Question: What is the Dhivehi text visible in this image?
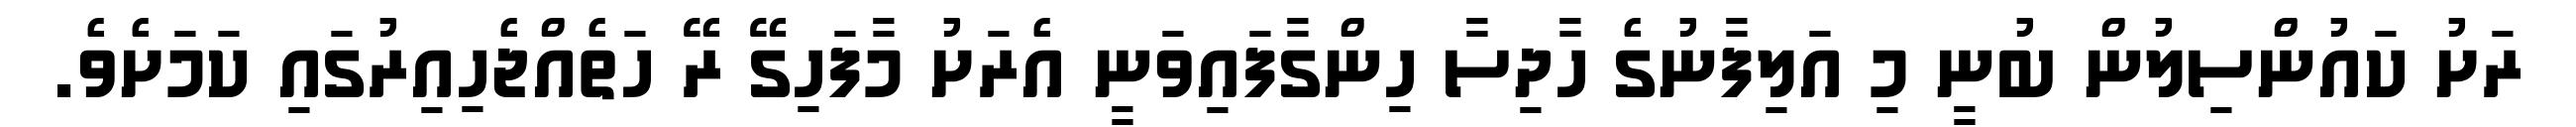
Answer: ރަށު ކައުންސިލުން ބުނީ މި އަލިފާނުގެ ހާދިސާ ހިންގާފައިވަނީ އެރަށު މާފަހިގޭ ރޭ ހަތެއްޖެހިއިރުގައި ކަމަށެވެ.